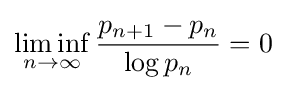
\liminf _{n\to \infty }{\frac {p_{n+1}-p_{n}}{\log p_{n}}}=0